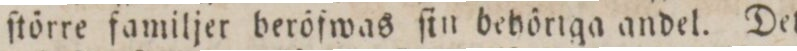
ſtörre familjer beröfwas ſin behörtga andel. Det